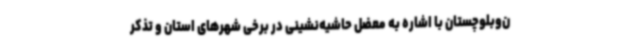
ن‌وبلوچستان با اشاره به معضل حاشیه‌نشینی در برخی شهرهای استان و تذکر